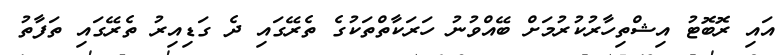
އައި ރޮބޮޓު އިޝްތިހާރުކުރުމަށް ބޭއްވުނު ހަރަކާތްތަކުގެ ތެރޭގައި ދެ ގަޑިއިރު ތެރޭގައި ތަފާތު